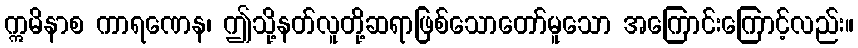
ဣမိနာစ ကာရဏေန၊ ဤသို့နတ်လူတို့ဆရာဖြစ်သောတော်မူသော အကြောင်းကြောင့်လည်း။